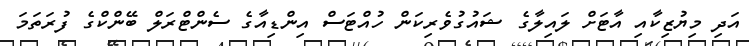
އަދި މިޔުޒިކާއި އާޓަށް ލައިލާގެ ޝައުގުވެރިކަން ހުއްޓަސް އިންޑިއާގެ ސެންޓްރަލް ބޭންކްގެ ފުރަތަމަ